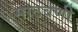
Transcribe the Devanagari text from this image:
साठवणी